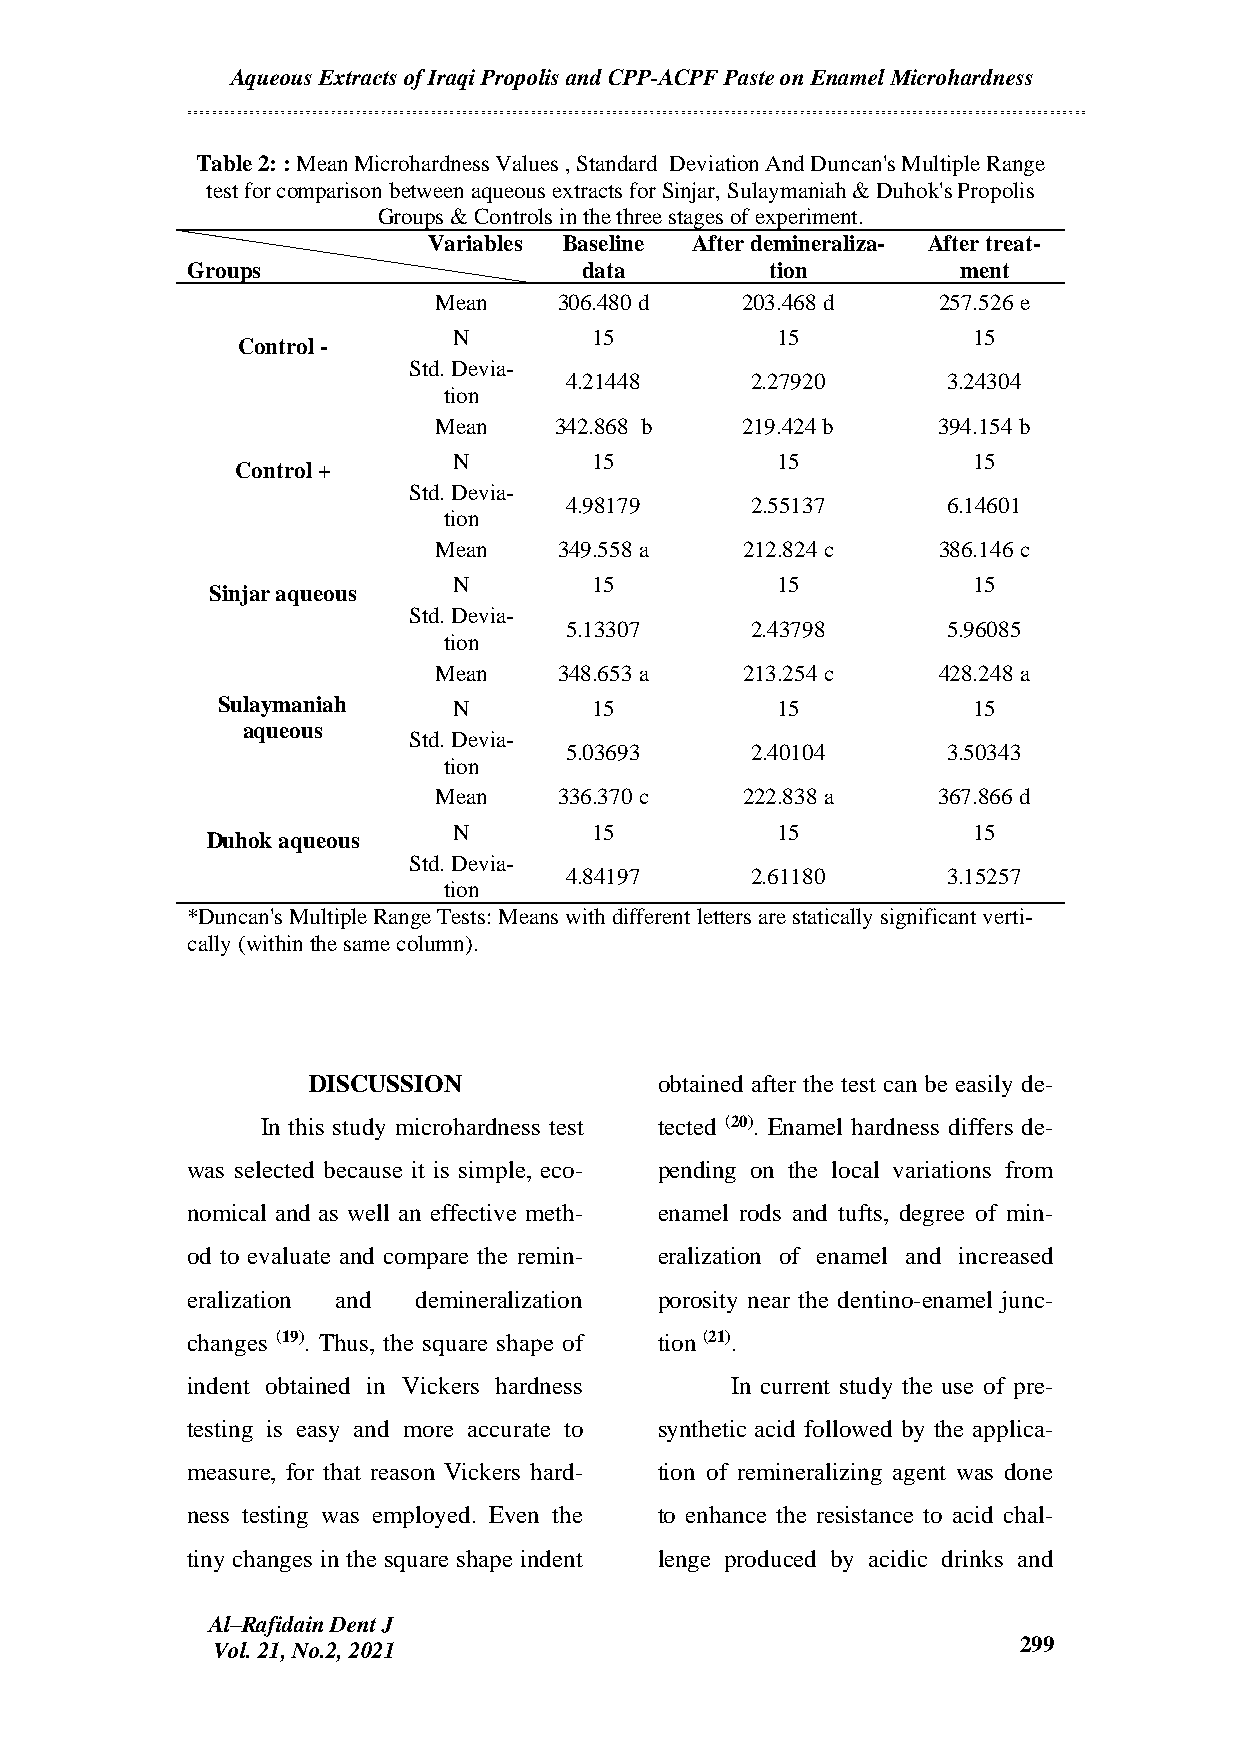
Aqueous Extracts of Iraqi Propolis and CPP-ACPF Paste on Enamel Microhardness
 Table 2: : Mean Microhardness Values , Standard Deviation And Duncan's Multiple Range
 test for comparison between aqueous extracts for Sinjar, Sulaymaniah & Duhok's Propolis
 Groups & Controls in the three stages of experiment.
 Variables Baseline After demineraliza- After treat-
 Groups                     data        tion        ment
 Mean    306.480 d   203.468 d    257.526 e
 N        15          15           15
 Control -
 Std. Devia-
 4.21448      2.27920      3.24304
 tion
 Mean    342.868 b   219.424 b    394.154 b
 N        15          15           15
 Control +
 Std. Devia-
 4.98179      2.55137      6.14601
 tion
 Mean    349.558 a   212.824 c    386.146 c
 N        15          15           15
 Sinjar aqueous
 Std. Devia-
 5.13307      2.43798      5.96085
 tion
 Mean    348.653 a   213.254 c    428.248 a
 Sulaymaniah     N        15          15           15
 aqueous
 Std. Devia-
 5.03693      2.40104      3.50343
 tion
 Mean    336.370 c   222.838 a    367.866 d
 N        15          15           15
 Duhok aqueous
 Std. Devia-
 4.84197      2.61180      3.15257
 tion
 *Duncan's Multiple Range Tests: Means with different letters are statically significant verti-
 cally (within the same column).
 DISCUSSION              obtained after the test can be easily de-
 In this study microhardness test tected (20). Enamel hardness differs de-
 was selected because it is simple, eco- pending on the local variations from
 nomical and as well an effective meth- enamel rods and tufts, degree of min-
 od to evaluate and compare the remin- eralization of enamel and increased
 eralization and demineralization porosity near the dentino-enamel junc-
 changes (19). Thus, the square shape of tion (21).
 indent obtained in Vickers hardness In current study the use of pre-
 testing is easy and more accurate to synthetic acid followed by the applica-
 measure, for that reason Vickers hard- tion of remineralizing agent was done
 ness testing was employed. Even the to enhance the resistance to acid chal-
 tiny changes in the square shape indent lenge produced by acidic drinks and
 Al–Rafidain Dent J
 Vol. 21, No.2, 2021                                  299